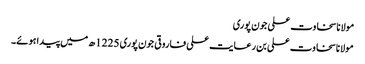
مولانا سخاوت علی جون پوری
مولانا سخاوت علی بن رعایت علی فاروقی جون پوری 1225ھ میں پیدا ہوئے۔